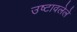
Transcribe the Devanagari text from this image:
उष्टावलेले